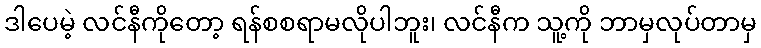
ဒါပေမဲ့ လင်နီကိုတော့ ရန်စစရာမလိုပါဘူး၊ လင်နီက သူ့ကို ဘာမှလုပ်တာမှ